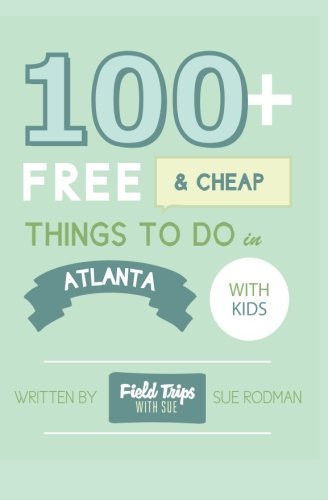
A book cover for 100+ Free & Cheap Things to do in Atlanta with Kids; Mrs. Sue E Rodman; Travel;